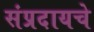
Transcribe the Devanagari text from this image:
संप्रदायचे